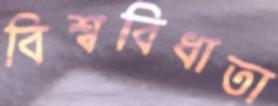
বিশ্ববিধাতা